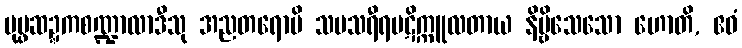
ပုပ္ဖဆဍ္ဍကစဏ္ဍာလာဒီသု အညတရောပိ သမသရီရပဋိက္ကူလတာယ နိဗ္ဗိသေသော ဟောတိ, ဧဝံ